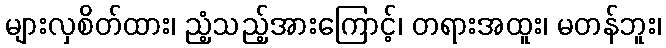
များလှစိတ်ထား၊ ညံ့သည့်အားကြောင့်၊ တရားအထူး၊ မတန်ဘူး၊